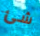
شئ